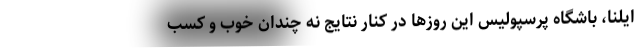
ایلنا، باشگاه پرسپولیس این روزها در کنار نتایج نه چندان خوب و کسب